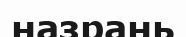
назрань